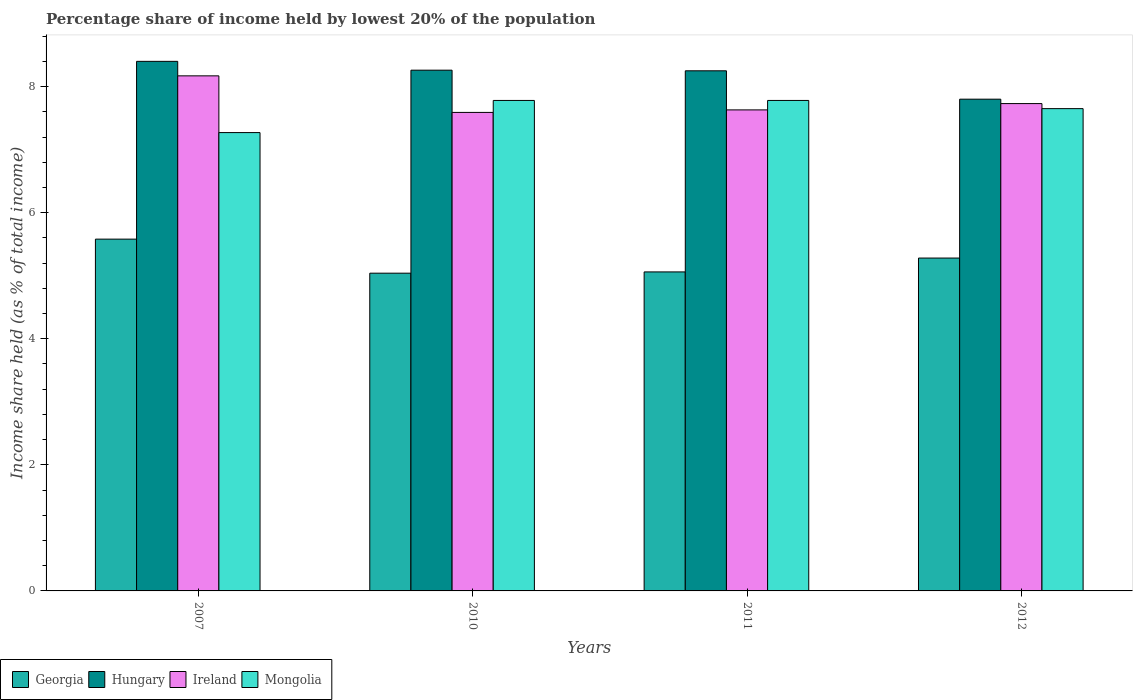
| Years | Georgia | Hungary | Ireland | Mongolia |
 | --- | --- | --- | --- | --- |
 | 2007 | 5.58 | 8.4 | 8.17 | 7.27 |
 | 2010 | 5.04 | 8.26 | 7.59 | 7.78 |
 | 2011 | 5.06 | 8.25 | 7.63 | 7.78 |
 | 2012 | 5.28 | 7.8 | 7.73 | 7.65 |